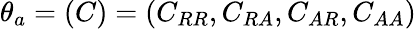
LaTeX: \theta_{a}=(C)=(C_{RR},C_{RA},C_{AR},C_{AA})